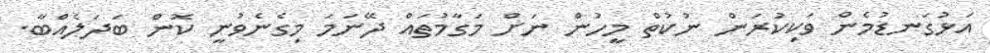
އަޅުގަނޑުމެން ވަކިކުރަން ނުކުތް މީހުން ނަށް މަގާމުތައް ދޭނަމަ މިގެނެވުނީ ކޮން ބަދަލެއްބާ.